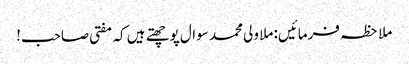
ملاحظہ فرمائیں: ملا ولی محمد سوال پوچھتے ہیں کہ مفتی صاحب!